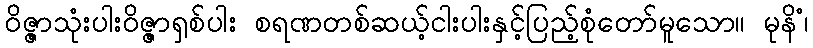
ဝိဇ္ဇာသုံးပါးဝိဇ္ဇာရှစ်ပါး စရဏတစ်ဆယ့်ငါးပါးနှင့်ပြည့်စုံတော်မူသော။ မုနိံ၊